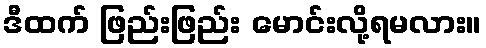
ဒီထက် ဖြည်းဖြည်း မောင်းလို့ရမလား။